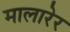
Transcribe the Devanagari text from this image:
मालारेर